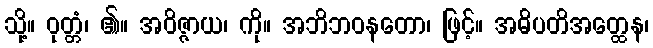
သို့။ ဝုတ္တံ၊ ၏။ အဝိဇ္ဇာယ၊ ကို။ အဘိဘဝနတော၊ ဖြင့်။ အဓိပတိအတ္ထေန၊